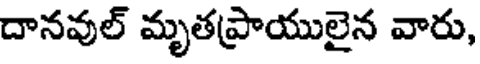
దానవుల్ మృతప్రాయులైన వారు,